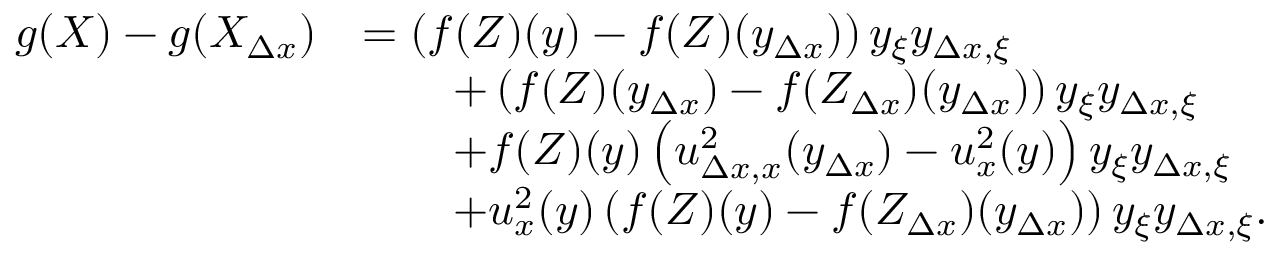
\begin{array} { r l } { g ( X ) - g ( X _ { \Delta x } ) } & { = \left( f ( Z ) ( y ) - f ( Z ) ( y _ { \Delta x } ) \right) y _ { \xi } y _ { \Delta x , \xi } } \\ & { \qquad + \left( f ( Z ) ( y _ { \Delta x } ) - f ( Z _ { \Delta x } ) ( y _ { \Delta x } ) \right) y _ { \xi } y _ { \Delta x , \xi } } \\ & { \qquad + f ( Z ) ( y ) \left( u _ { \Delta x , x } ^ { 2 } ( y _ { \Delta x } ) - u _ { x } ^ { 2 } ( y ) \right) y _ { \xi } y _ { \Delta x , \xi } } \\ & { \qquad + u _ { x } ^ { 2 } ( y ) \left( f ( Z ) ( y ) - f ( Z _ { \Delta x } ) ( y _ { \Delta x } ) \right) y _ { \xi } y _ { \Delta x , \xi } . } \end{array}